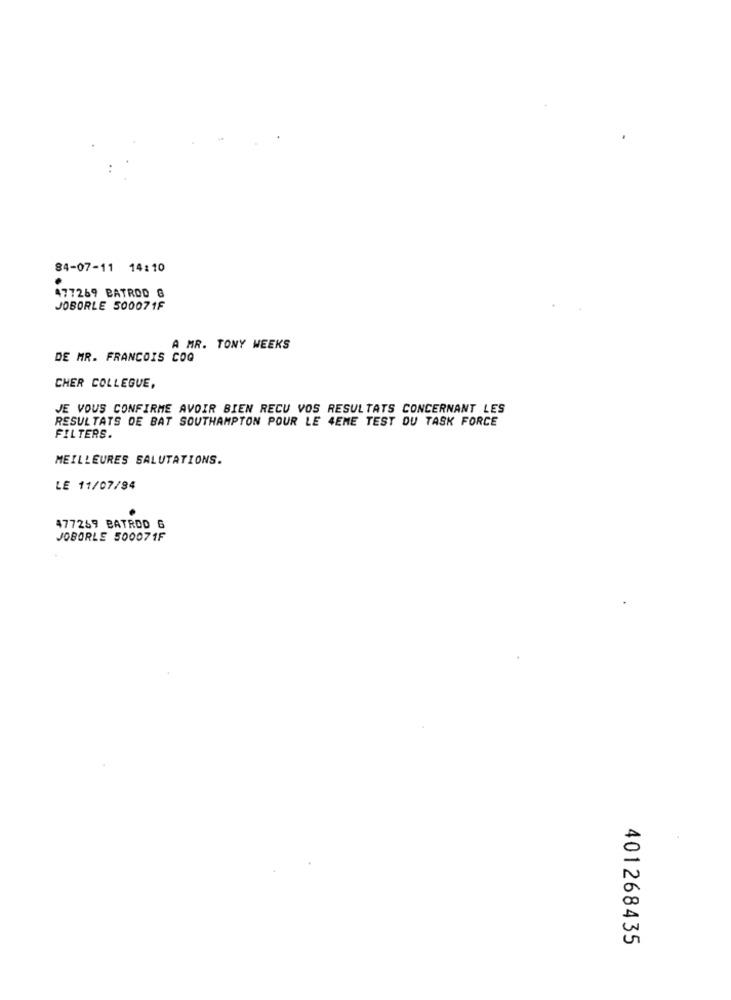
84-07-11 14:10
477269 BATROD 6
JOBORLE 500071F
A MR. TONY WEEKS
DE MR. FRANCOIS COQ
CHER COLLEGUE,
JE VOUS CONFIRME AVOIR BIEN RECU VOS RESULTATS CONCERNANT LES
RESULTATS DE BAT SOUTHAMPTON POUR LE 4EME TEST DU TASK FORCE
FILTERS.
MEILLEURES SALUTATIONS.
LE 11/07/94
477269 BATROD 6
JOBORLE 500071F
401268435